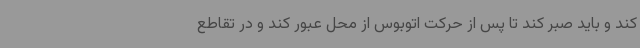
کند و باید صبر کند تا پس از حرکت اتوبوس از محل عبور کند و در تقاطع